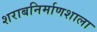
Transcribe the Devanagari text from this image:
शराबनिर्माणशाला